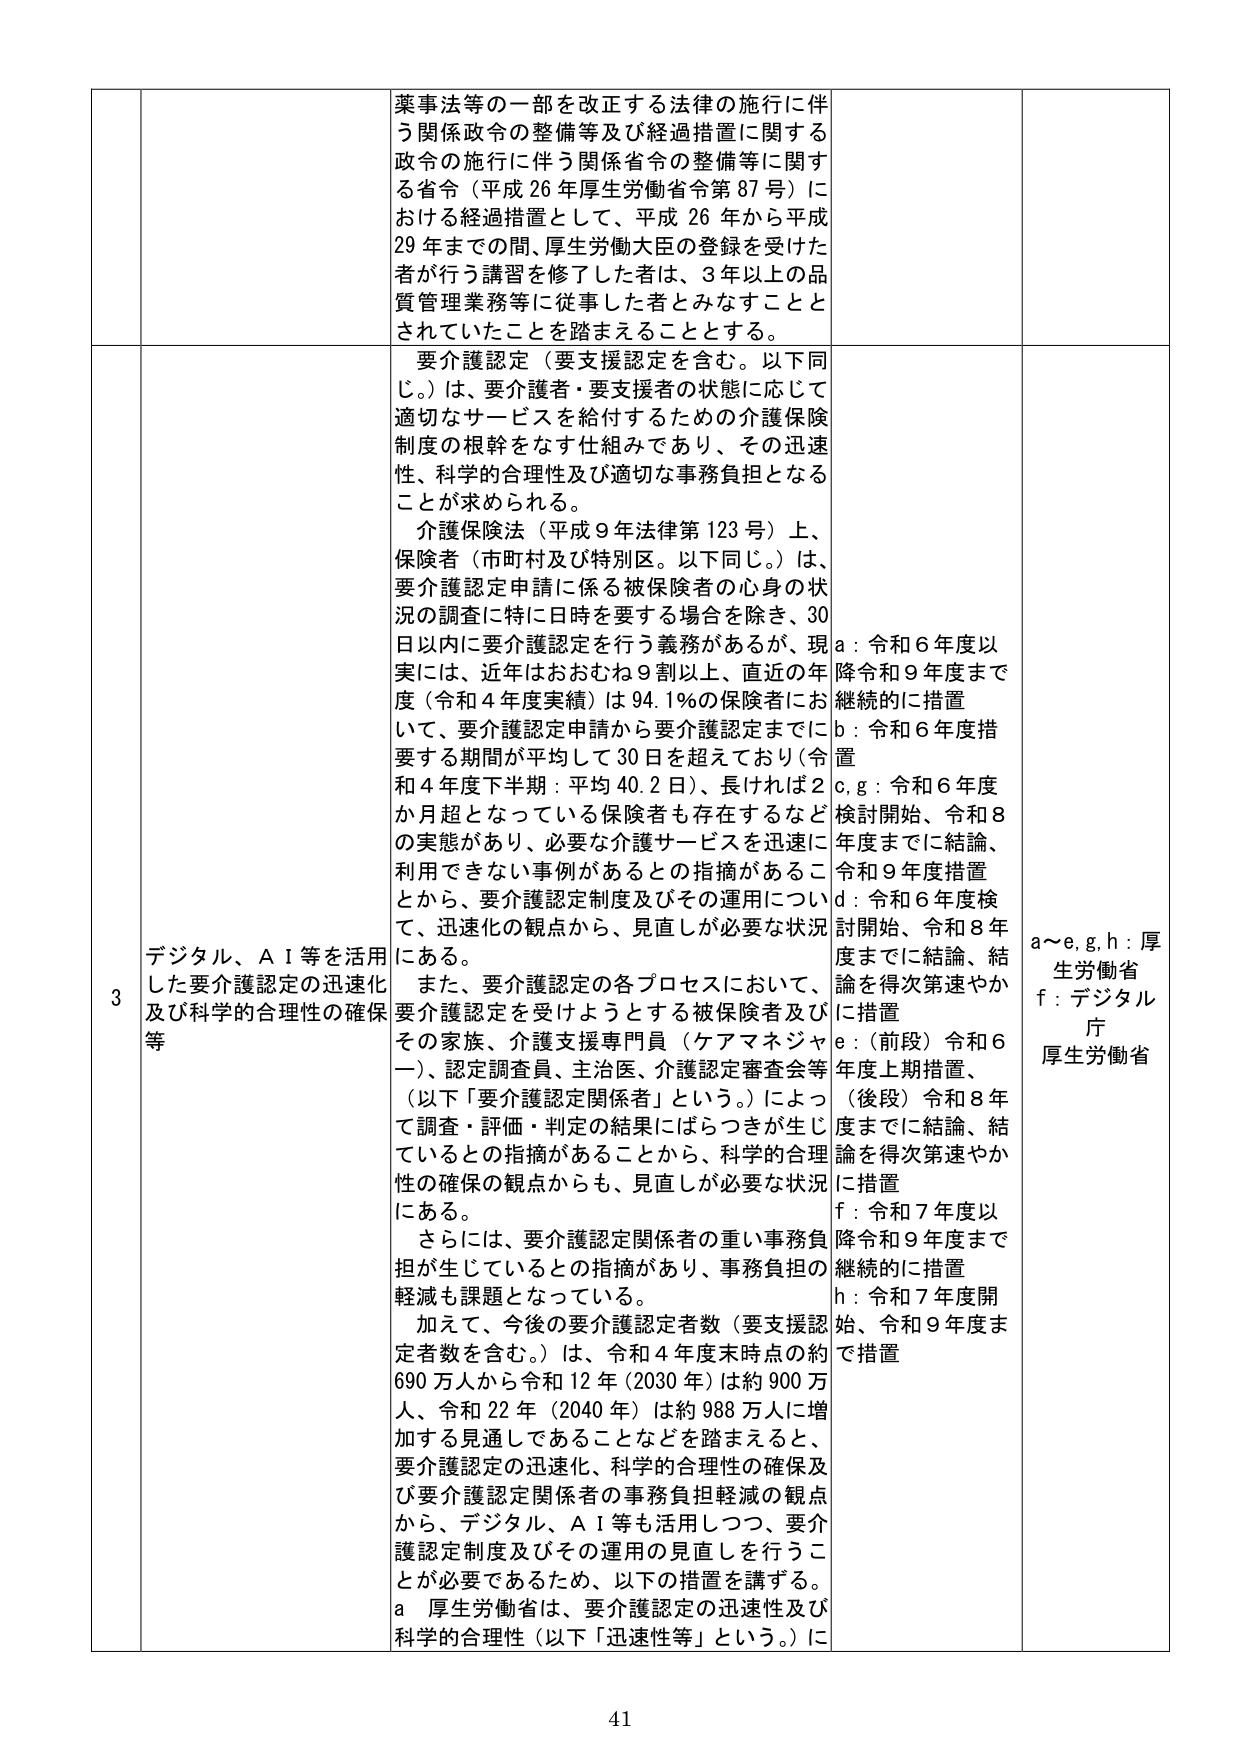
薬事法等の一部を改正する法律の施行に伴う関係政令の整備等及び経過措置に関する政令の施行に伴う関係省令の整備等に関する省令（平成26年厚生労働省令第87号）における経過措置として、平成26年から平成29年までの間、厚生労働大臣の登録を受けた者が行う講習を修了した者は、3年以上の品質管理業務等に従事した者とみなすこととされていたことを踏まえることとする。

要介護認定（要支援認定を含む。以下同じ。）は、要介護者・要支援者の状態に応じて適切なサービスを給付するための介護保険制度の根幹をなす仕組みであり、その迅速性、科学的合理性及び適切な事務負担となることが求められる。

介護保険法（平成9年法律第123号）上、保険者（市町村及び特別区。以下同じ。）は、要介護認定申請に係る被保険者の心身の状況の調査に特に日時を要する場合を除き、30日以内に要介護認定を行う義務があるが、現実には、近年はおおむね9割以上、直近の年度（令和4年度実績）は94.1％の保険者におい、要介護認定申請から要介護認定までに要する期間が平均して30日を超えており（令和4年度下半期：平均40.2日）、長ければ2か月超となっている保険者も存在するなどの実態があり、必要な介護サービスを迅速に利用できない事例があるとの指摘があることから、要介護認定制度及びその運用について、迅速化の観点から、見直しが必要な状況にある。

また、要介護認定の各プロセスにおいて、要介護認定を受けようとする被保険者及びその家族、介護支援専門員（ケアマネジャー）、認定調査員、主治医、介護認定審査会等（以下「要介護認定関係者」という。）によって調査・評価・判定の結果にばらつきが生じているとの指摘があることから、科学的合理性の確保の観点からも、見直しが必要な状況にある。

さらには、要介護認定関係者の重い事務負担が生じているとの指摘があり、事務負担の軽減も課題となっている。

加えて、今後の要介護認定者数（要支援認定者数を含む。）は、令和4年度末時点の約690万人から令和12年（2030年）は約900万人、令和22年（2040年）は約988万人に増加する見通しであることを踏まえると、要介護認定の迅速化、科学的合理性の確保及び要介護認定関係者の事務負担軽減の観点から、デジタル、AI等も活用しつつ、要介護認定制度及びその運用の見直しを行うことが必要であるため、以下の措置を講ずる。

a 厚生労働省は、要介護認定の迅速性及び科学的合理性（以下「迅速性等」という。）に

3 デジタル、AI等を活用した要介護認定の迅速化及び科学的合理性の確保等

a：令和6年度以降令和9年度まで継続的に措置
b：令和6年度措置
c,g：令和6年度検討開始、令和8年度までに結論、令和9年度措置
d：令和6年度検討開始、令和8年度までに結論、結論を得次第速やかに措置
e：（前段）令和6年度上期措置、（後段）令和8年度までに結論、結論を得次第速やかに措置
f：令和7年度以降令和9年度まで継続的に措置
h：令和7年度開始、令和9年度まで措置

a～e,g,h：厚生労働省
f：デジタル庁
厚生労働省

41